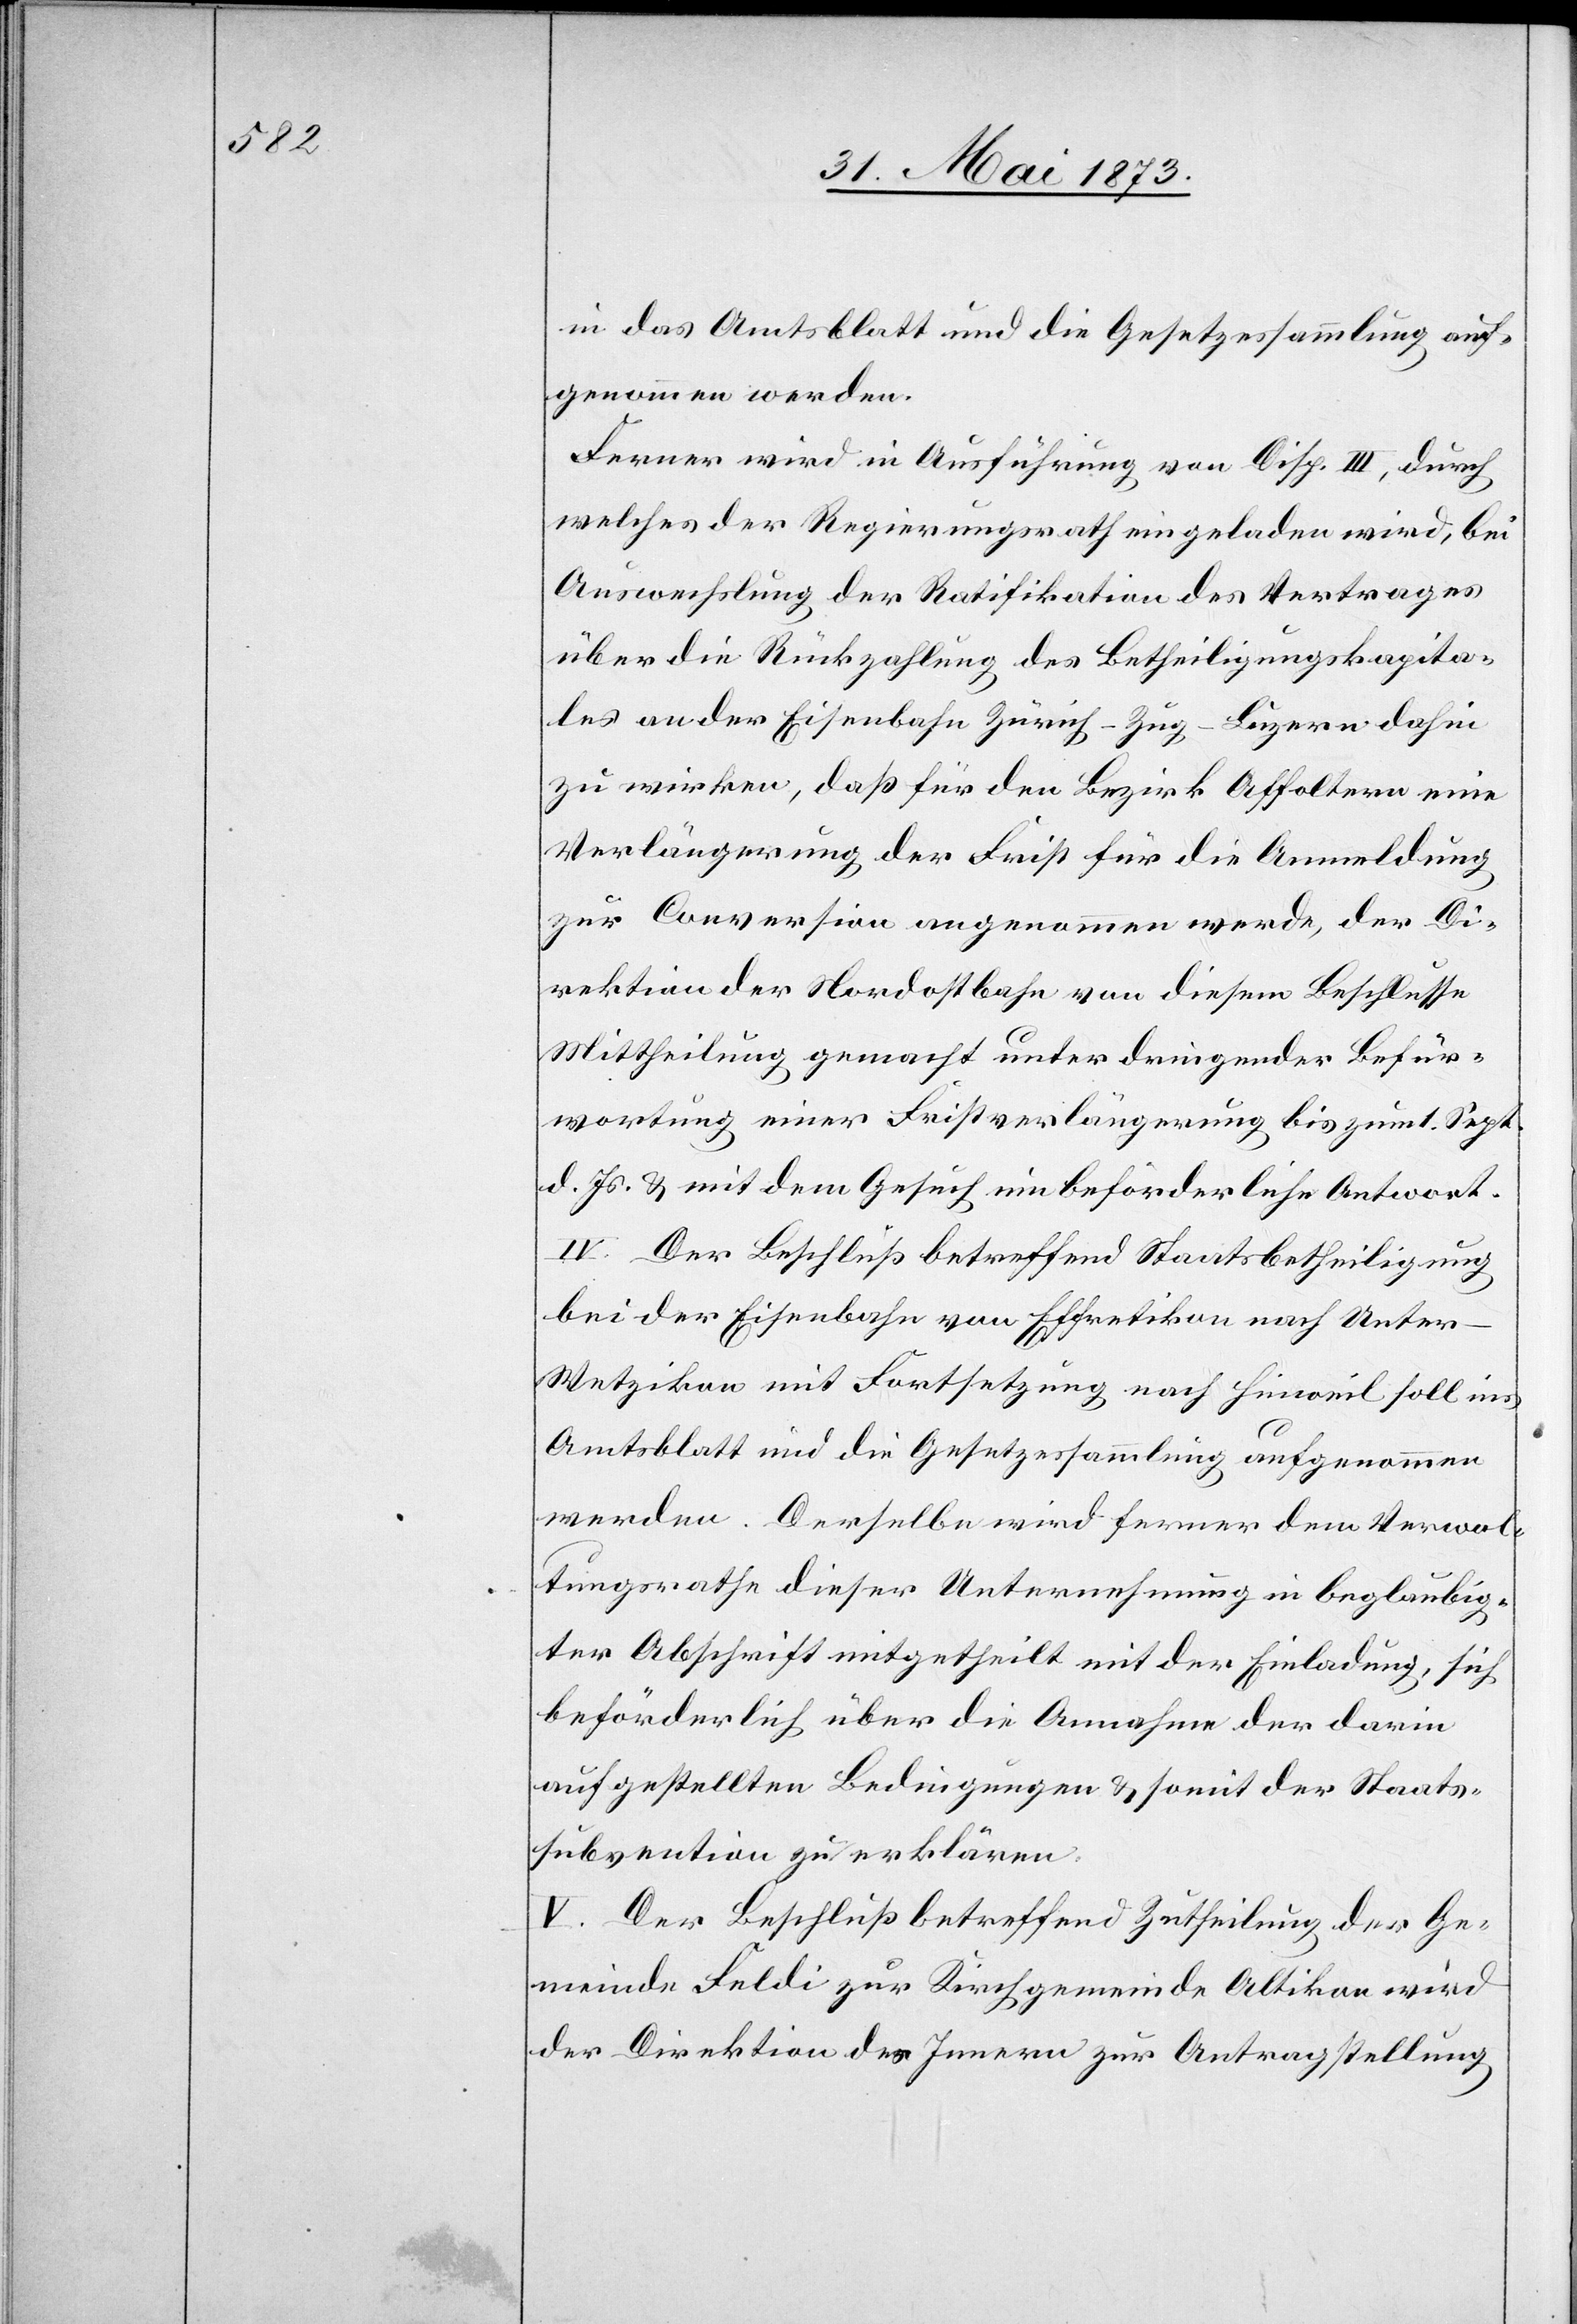
in das Amtsblatt und die Gesetzessammlung auf¬
genommen werden.
Ferner wird in Ausführung von Disp. III, durch
welches der Regierungsrath eingeladen wird, bei
Auswechslung der Ratifikation des Vertrages
über die Rückzahlung des Betheiligungskapita¬
les an der Eisenbahn Zürich–Zug–Luzern dahin
zu wirken, daß für den Bezirk Affoltern eine
Verlängerung der Frist für die Anmeldung
zur Conversion angenommen werde, der Di¬
rektion der Nordostbahn von diesem Beschlusse
Mittheilung gemacht unter dringender Befür¬
wortung einer Fristverlängerung bis zum 1. Sept.
d. Js. & mit dem Gesuch um beförderliche Antwort.
IV. Der Beschluß betreffend Staatsbetheiligung
bei der Eisenbahn von Effretikon nach Unte¬
r-Wetzikon mit Fortsetzung nach Hinweil soll ins
Amtsblatt und die Gesetzessammlung aufgenommen
werden. Derselbe wird ferner dem Verwal¬
tungsrathe dieser Unternehmung in beglaubig¬
ter Abschrift mitgetheilt mit der Einladung, sich
beförderlich über die Annahme der darin
aufgestellten Bedingungen & somit der Staats¬
subvention zu erklären.
V. Der Beschluß betreffend Zutheilung der Ge¬
meinde Feldi zur Kirchgemeinde Altikon wird
der Direktion des Innern zur Antragstellung